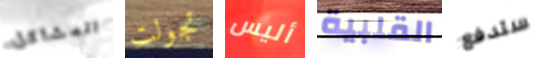
المشاكل تجولت أليس القلبية ستدفع